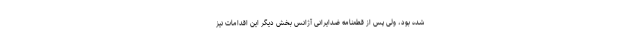
شده بود، ولی پس از قطعنامه ضد‌ایرانی آژانس بخش دیگر این اقدامات نیز